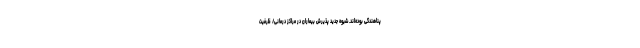
پناهندگی بوده‌اند. شیوه جدید پذیرش بیماران در مراکز درمانی/ ظرفیت